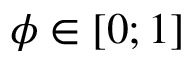
\phi \in [ 0 ; 1 ]